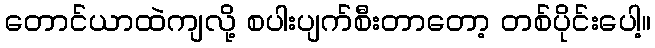
တောင်ယာထဲကျလို့ စပါးပျက်စီးတာတော့ တစ်ပိုင်းပေါ့။